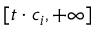
[ t \cdot c _ { i } , + \infty ]